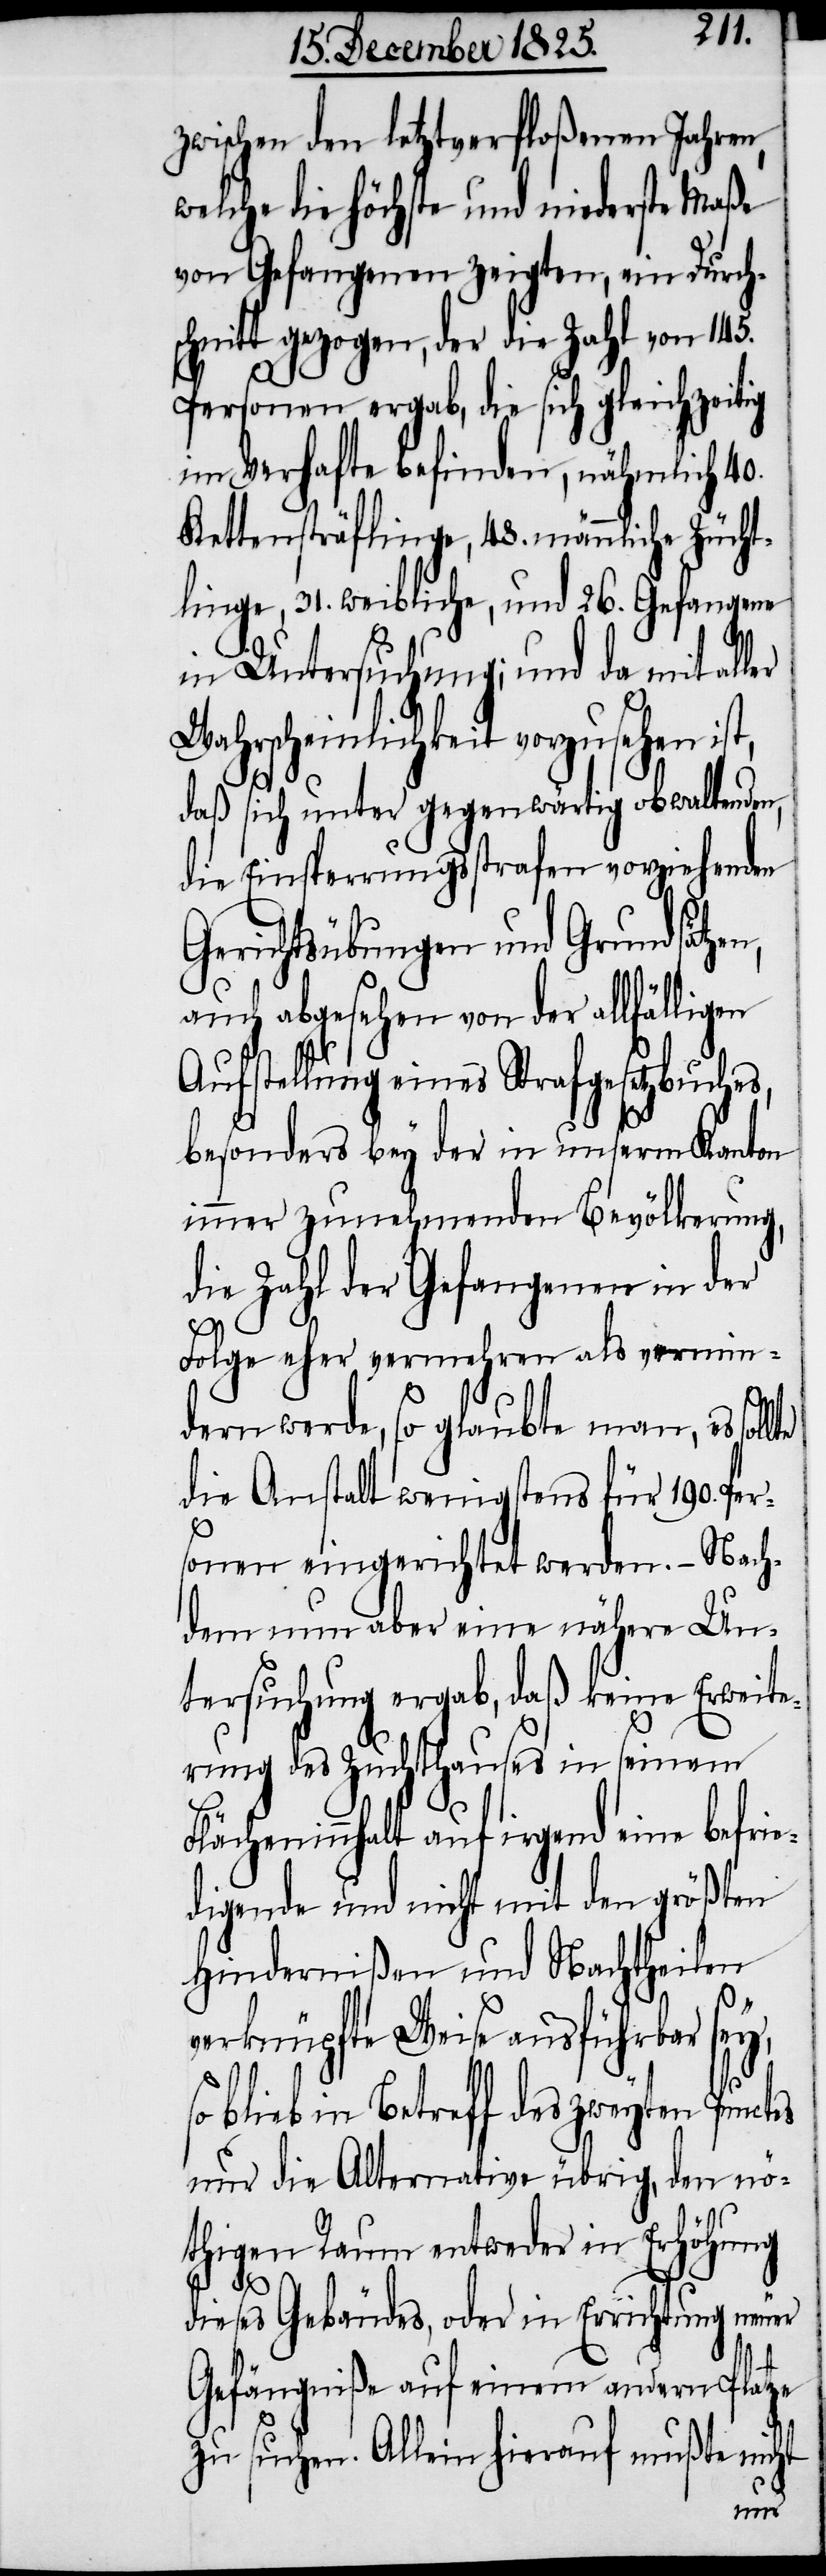
zwischen den letztverfloßenen Jahren,
welche die höchste und niederste Maße
von Gefangenen zeigten, ein Durchs¬
chnitt gezogen, der die Zahl von 145.
es
Personen ergab, die sich gleichzeitig
im Verhafte befinden, nähmlich 40.
Kettensträflingen, 48. männliche Zücht¬
lingen, 31. weibliche, und 26. Gefangene
in Untersuchung; und da mit aller
Wahrscheinlichkeit vorzusehen ist,
daß sich unter gegenwärtig obwaltenden,
die Einsperrungsstrafen vorziehenden
Gerichtsübungen und Grundsätze¬
auch abgesehen von der allfälligen
Aufstellung eines Strafgesetzbuches,
besonders bey der in unserm Kanton
immer zunehmenden Bevölkerung,
die Zahl der Gefangenen in der
Folge eher vermehren als vermin¬
dern werde, so glaubte man, es sol¬
die Anstalt wenigstens für 190. Per¬
sonen eingerichtet werden. – Nach¬
dem nun aber eine nähere Un¬
tersuchung ergab, daß keine Erweite¬
rung des Zuchthauses in seinem
Flächeninnhalt auf irgend eine befrie¬
digende und nicht mit den größten
Hindernißen und Nachttheilen
verknüpfte Weise ausführbar sey,
blieb in Betreff des zweyten Punct¬
nur die Alternative übrig, den nö¬
thigen Raum entweder in Erhöhung
dieses Gebäudes, oder in Errichtung neuer
Gefängniße auf einem andern Platze
zu suchen. Allein hierauf mußte nicht